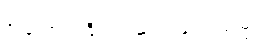
ဦးအောင်ကြီး က ဆက် ပြောသည်။